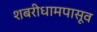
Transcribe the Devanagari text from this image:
शबरीधामपासूव